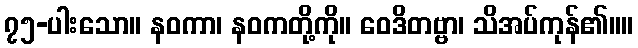
၇၅-ပါးသော။ နဝကာ၊ နဝကတို့ကို။ ဝေဒိတဗ္ဗာ၊ သိအပ်ကုန်၏။။